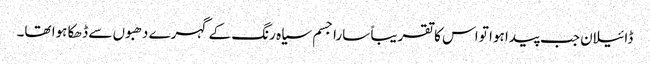
ڈائیلان جب پیدا ہوا تو اس کا تقریباً سارا جسم سیاہ رنگ کے گہرے دھبوں سے ڈھکا ہوا تھا۔